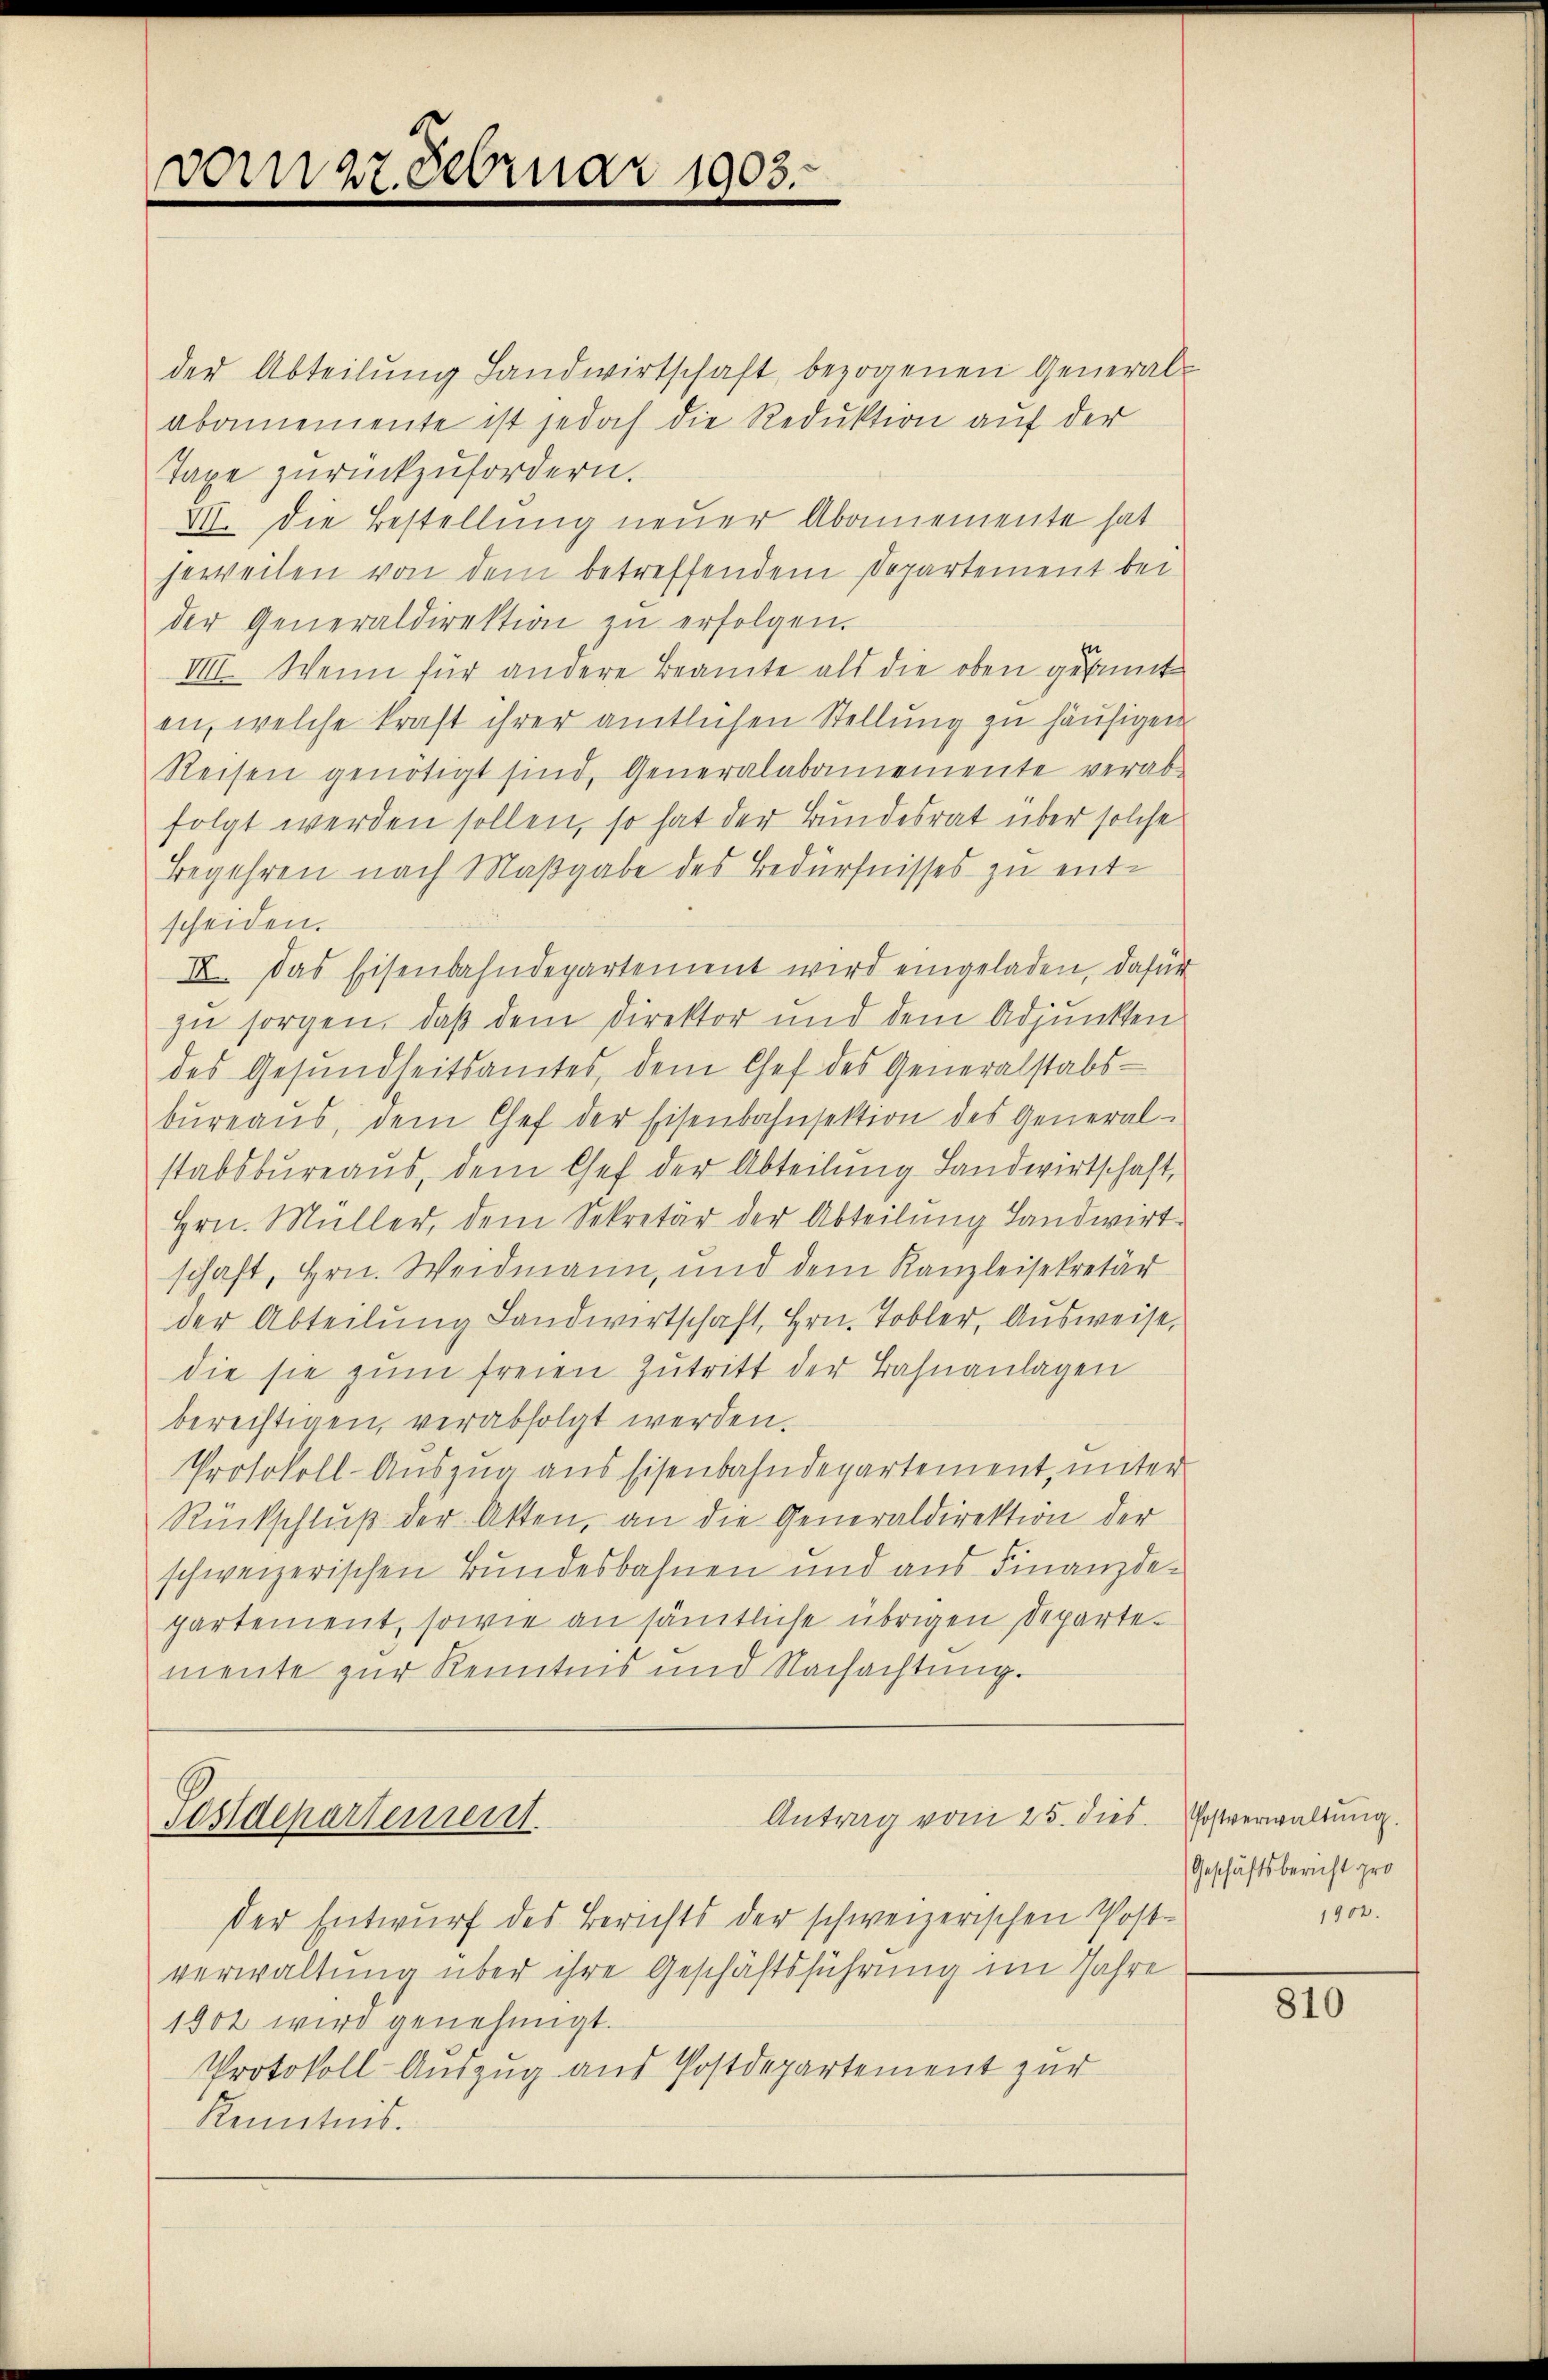
vom 27. Februar 1903.

der Abteilŭng Landwirtschaft bezogenen General-
abamemente ist jedoch die Reduktion auf der
Taxe zurückzufordern.
VII. Die Bestellung neuer Abonemente hat
jeweilen von dem betreffendem Departement bei
der Generaldirektion zŭ erfolgen.
En
VIII. Wenn für andere Beamte als die oben gekannte
en, welche kraft ihrer amtlichen Stellung zu häufigen
Reisen genötigt sind, Generalabamemente verabfolgt werden sollen, so hat der Bundesrat über solche
Begehren nach Maßgabe des Bedürfnisses zu entscheiden.
XI. Das Eisenbahndepartement wird eingeladen, dafür
zu sorgen, daß dem Direktor und dem Adjunkten
des Gesŭndheitsamtes, dem Chef des Generalstabs-
büreaŭs, dem Chef der Eisenbahnsektion des General-
stabsbureaus, dem Chef der Abteilung Landwirtschaft,
Hrn. Müller, dem Sekretär der Abteilung Landwirt-
schaft, Hrn. Weidmann, und dem Kanzleisekretär
der Abteilung Landwirtschaft, Hrn. Tobler, Ausweise,
die sie zŭm freien Zutritt der Bahnanlagen
berechtigen, verabfolgt werden.
Protokoll-Auszug aus Eisenbahndepartement, unter
Rückschlŭβ der Akten, an die Generaldirektion der
schweizerischen Bundesbahnen und aus Finanzdepartement, sowie an sämtliche übrigen Departemente zur Kenntnis und Nachachtŭng.

Postdepartement.

Der Entwurf des Berichts der schweizerischen Postverwaltung über ihre Geschäftsführung im Jahre
1902 wird genehmigt.
Protokoll Auszug aus Postdepartement zur
Kenntnis.

Antrag vom 25. dies

Postverwaltŭng.
Geschäftsbericht pro
1902.

810